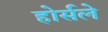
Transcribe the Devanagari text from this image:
होर्सले